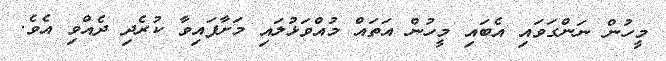
މީހުން ނަންގަވައި އެބައި މީހުން އަތައް މުއްވަޅުލައި މަށާފައިވާ ކުރެދި ދެއްވި އެވެ.